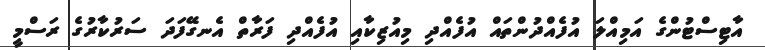
އާޓިސްޓުންގެ އަމިއްލަ އުފެއްދުންތައް އުފެއްދި މިއުޒިކާއި އުފެއްދި ފަރާތް އެނގޭފަދަ ސަރުކާރުގެ ރަސްމީ